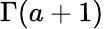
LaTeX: \Gamma(a+1)